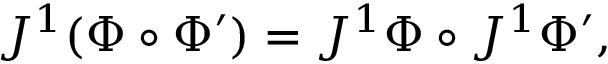
J ^ { 1 } ( \Phi \circ \Phi ^ { \prime } ) = J ^ { 1 } \Phi \circ J ^ { 1 } \Phi ^ { \prime } ,